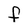
Character: f